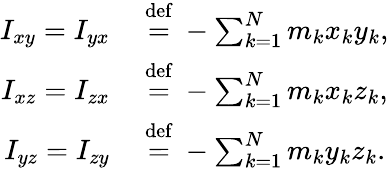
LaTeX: {\begin{array}{rl}{I_{xy}=I_{yx}\ }&{{\stackrel{\mathrm{def}}{=}}\ -\sum_{k=1}^{N}m_{k}x_{k}y_{k},}\\ {I_{xz}=I_{zx}\ }&{{\stackrel{\mathrm{def}}{=}}\ -\sum_{k=1}^{N}m_{k}x_{k}z_{k},}\\ {I_{yz}=I_{zy}\ }&{{\stackrel{\mathrm{def}}{=}}\ -\sum_{k=1}^{N}m_{k}y_{k}z_{k}.}\end{array}}